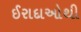
ઈરાદાઓથી